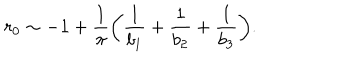
LaTeX: r _ { 0 } \sim - 1 + \frac { 1 } { \pi } \biggl ( \frac { 1 } { b _ { 1 } } + \frac { 1 } { b _ { 2 } } + \frac { 1 } { b _ { 3 } } \biggr ) .